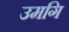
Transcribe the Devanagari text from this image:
उमगि